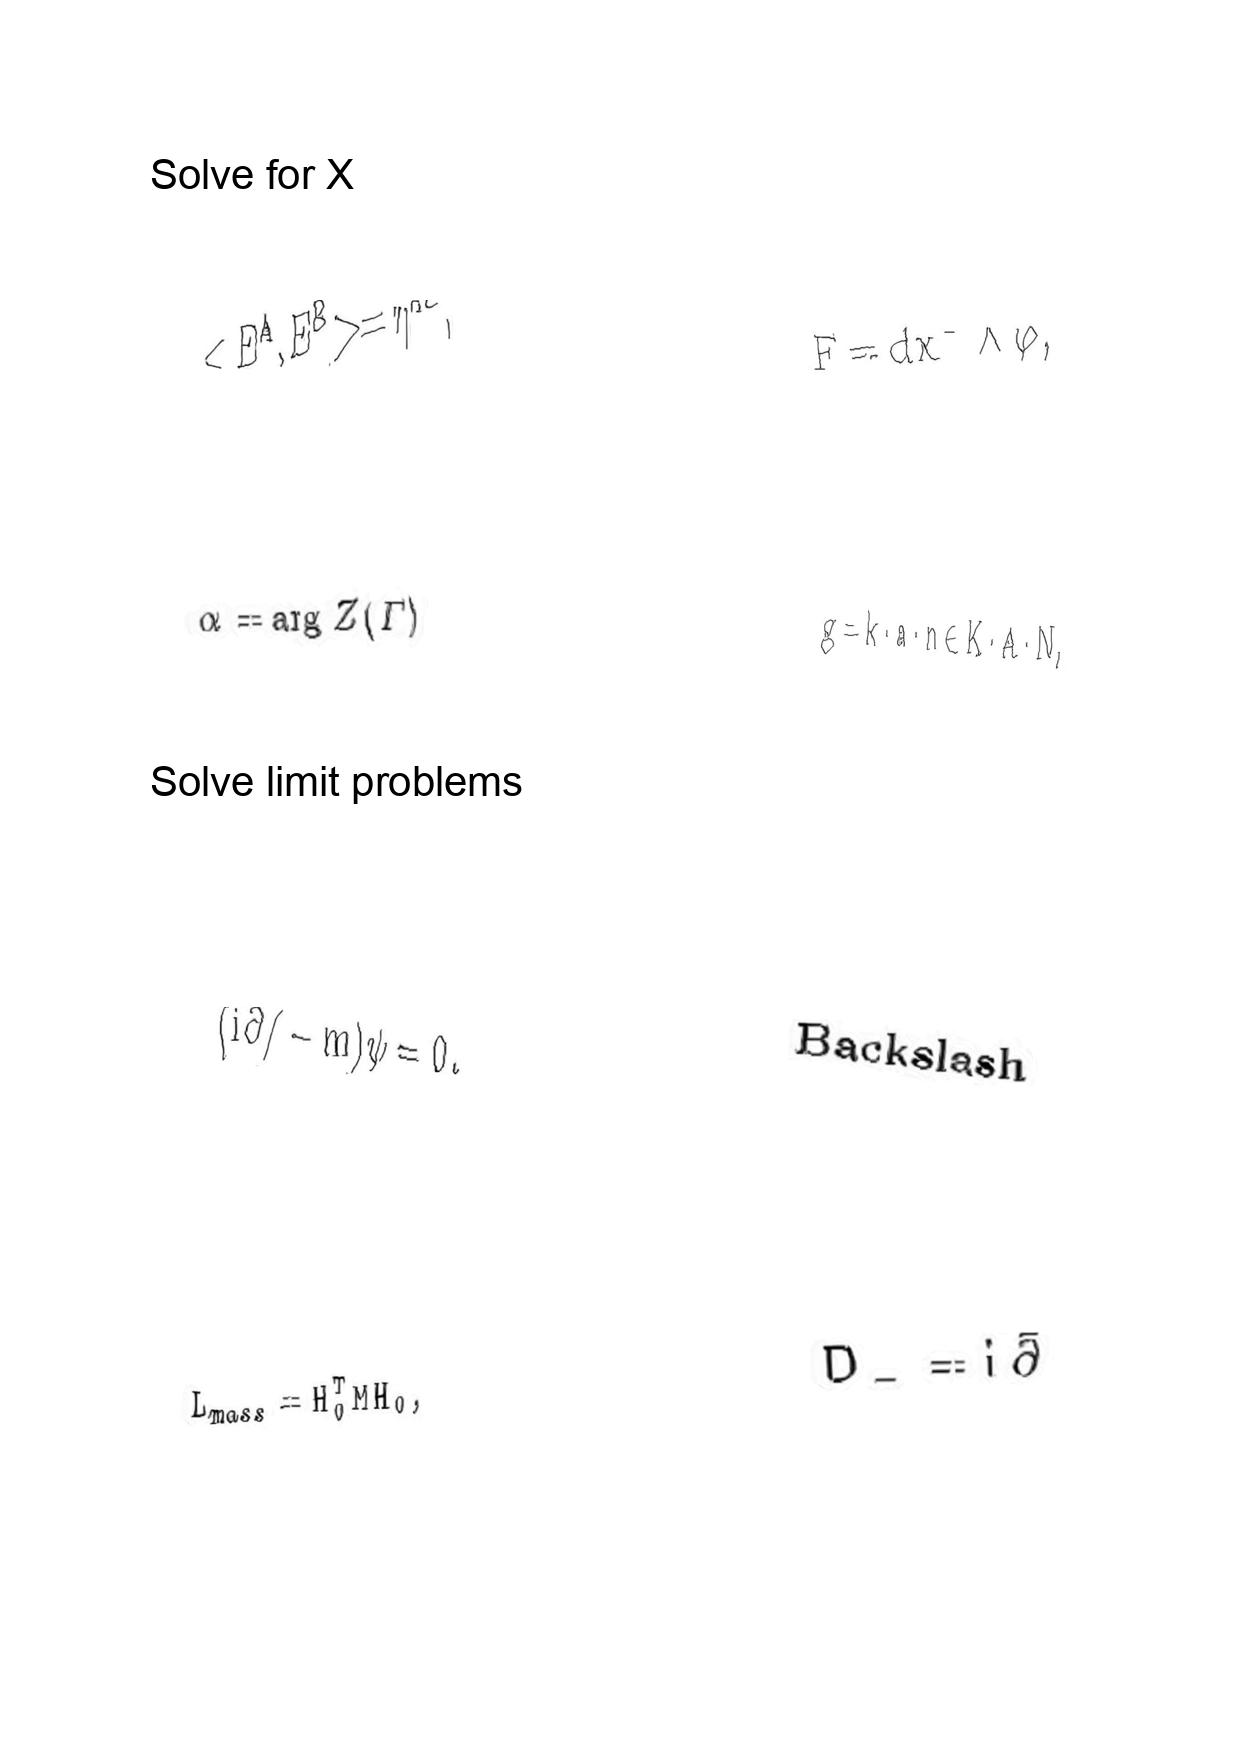
LaTeX transcription:
\lt E ^ { A } , E ^ { B } \gt = \eta ^ { A B } ,
\alpha = \arg Z \lparen \Gamma \rparen
\lparen i \partial / - m \rparen \psi = 0 .
L _ { m a s s } = H _ { 0 } ^ { T } M H _ { 0 } ,
F = d x ^ { - } \wedge \varphi ,
g = k \cdot a \cdot n \in K \cdot A \cdot N ,
B a c k s l a s h
D _ { - } = i \bar { \partial }